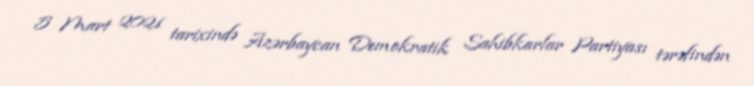
5 Mart 2021 tarixində Azərbaycan Demokratik Sahibkarlar Partiyası tərəfindən